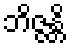
ဘိဇ္ဇန္တိ